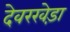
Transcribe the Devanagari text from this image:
देवरखेड़ा